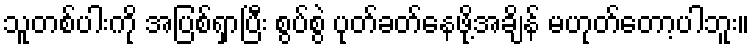
သူတစ်ပါးကို အပြစ်ရှာပြီး စွပ်စွဲ ပုတ်ခတ်နေဖို့အချိန် မဟုတ်တော့ပါဘူး။